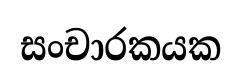
සංචාරකයක